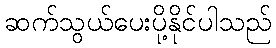
ဆက်သွယ်ပေးပို့နိုင်ပါသည်